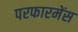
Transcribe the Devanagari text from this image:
परफारमेंस